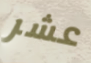
عشر